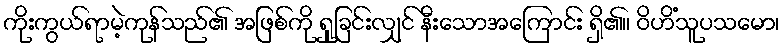
ကိုးကွယ်ရာမဲ့ကုန်သည်၏ အဖြစ်ကို ရှုခြင်းလျှင် နီးသောအကြောင်း ရှိ၏။ ဝိဟိံသူပသမော၊